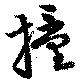
撞